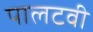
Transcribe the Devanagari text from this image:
पालटवी